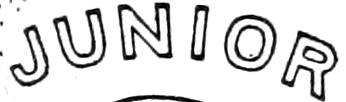
JUNIOR